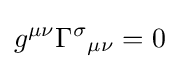
g^{\mu \nu }\Gamma ^{\sigma }{}_{\mu \nu }=0